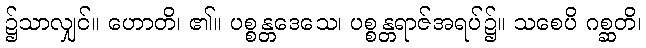
၌သာလျှင်။ ဟောတိ၊ ၏။ ပစ္စန္တဒေသေ၊ ပစ္စန္တရာဇ်အရပ်၌။ သစေပိ ဂစ္ဆတိ၊